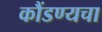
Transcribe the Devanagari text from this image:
कौंडण्यचा